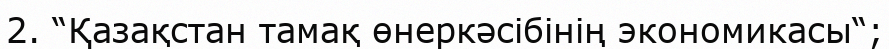
2. “Қазақстан тамақ өнеркәсібінің экономикасы“;